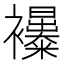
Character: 𧟊